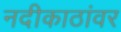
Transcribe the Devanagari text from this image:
नदीकाठांवर